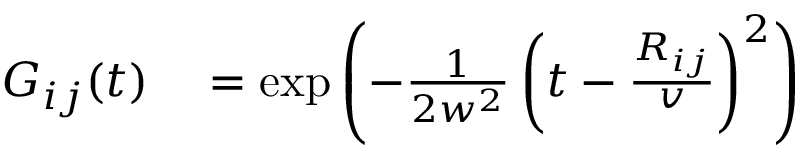
\begin{array} { r l } { G _ { i j } ( t ) } & { { } = \exp \left( - \frac { 1 } { 2 w ^ { 2 } } \left( t - \frac { R _ { i j } } { v } \right) ^ { 2 } \right) } \end{array}